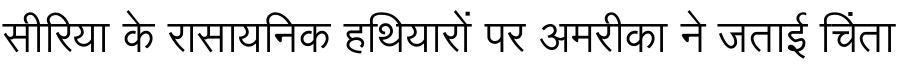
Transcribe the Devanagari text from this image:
सीरिया के रासायनिक हथियारों पर अमरीका ने जताई चिंता